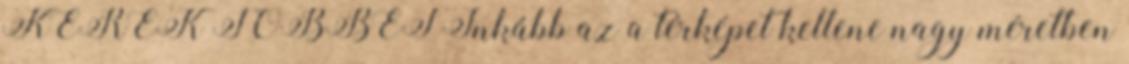
KÉREK TÖBBET Inkább az a térképet kellene nagy méretben